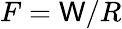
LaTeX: F=\mathsf{W}/R